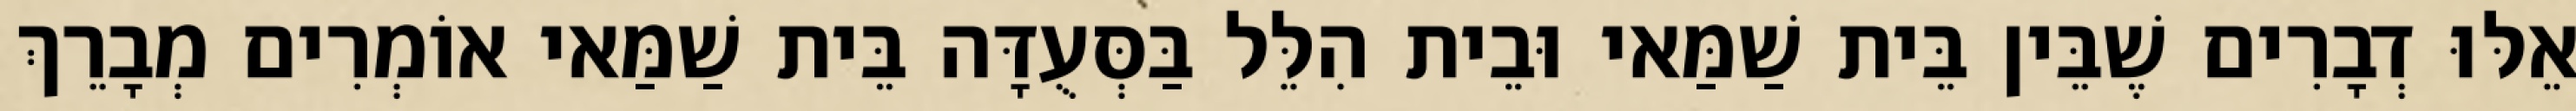
אֵלּוּ דְבָרִים שֶׁבֵּין בֵּית שַׁמַּאי וּבֵית הִלֵּל בַּסְּעֻדָּה בֵּית שַׁמַּאי אוֹמְרִים מְבָרֵךְ